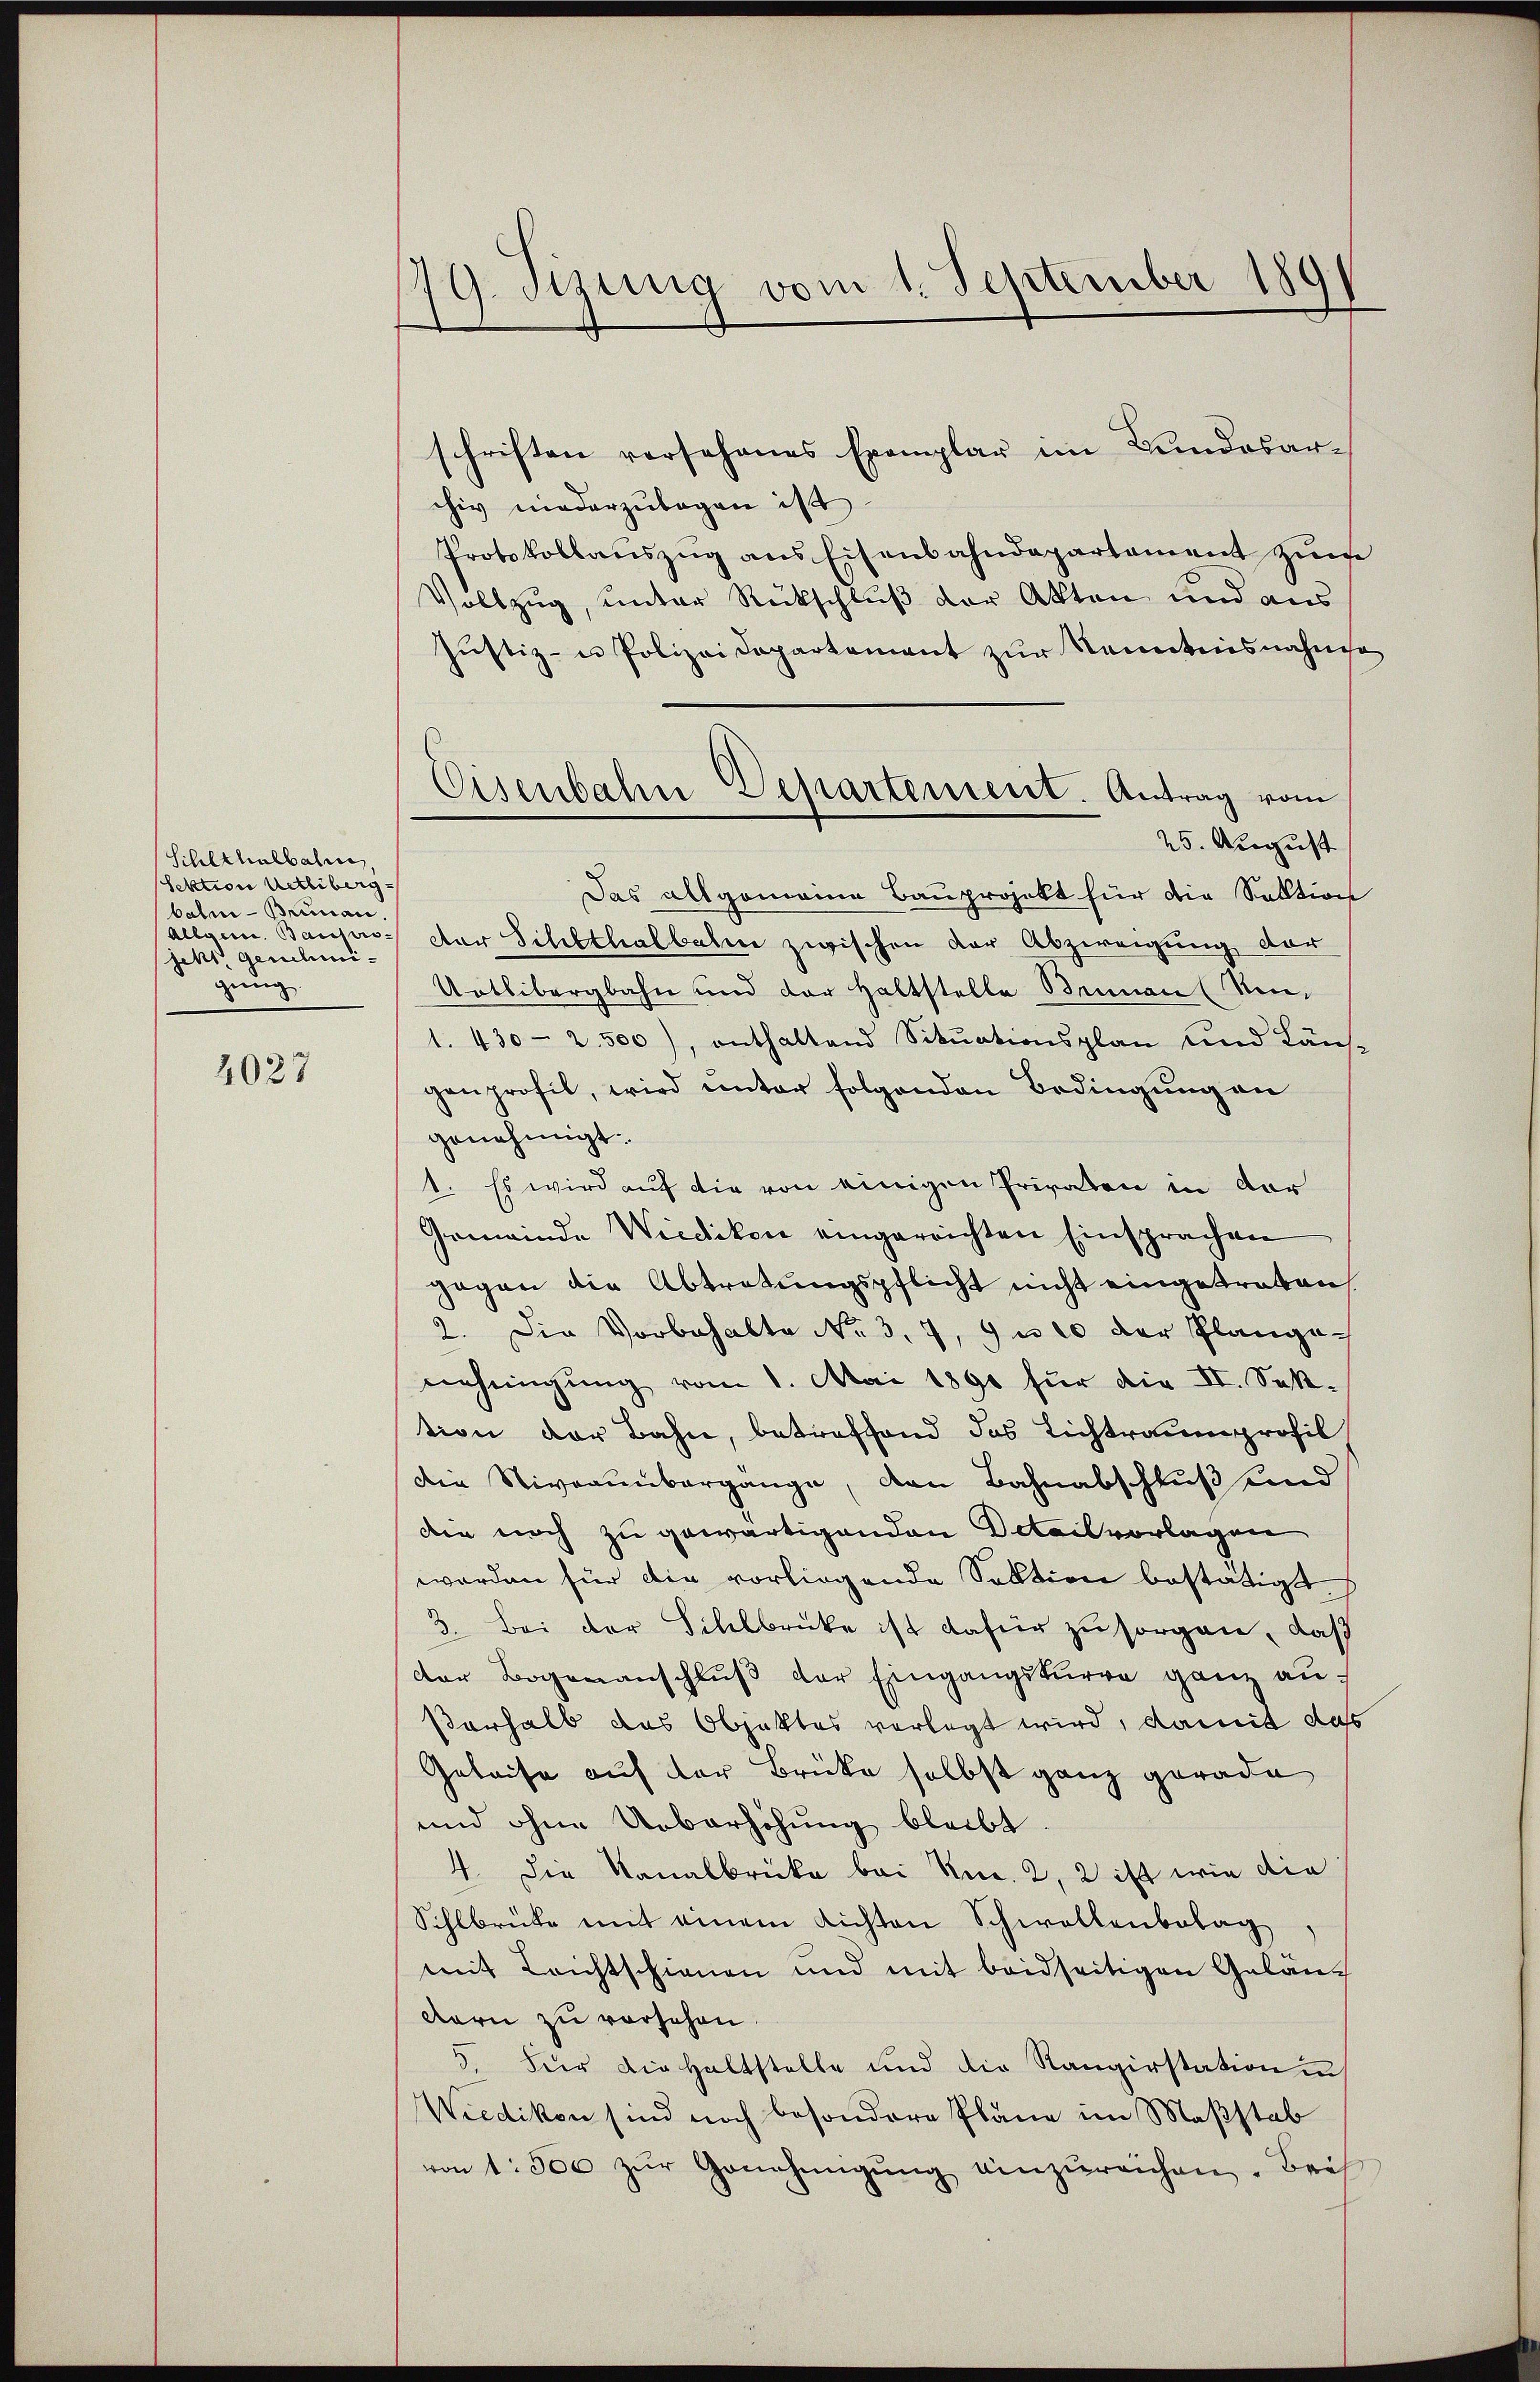
(Schlthalbahne,
Sektion Uetliberg-
balm - Brunau,
Allgem. Bausirs-
jeht, genehmigung

2027

79. Sizung vom 1. September 1891

Eisenbahn Departement. Antrag vom
25. August

schriften vorsehenes Exemplar im Bundesarchiv niederzulegen ist
Protokollauszug aus Eisenbahndepartament zume
Vollzug, unter Rückschluß der Akten und aus
Justiz- u Polizeidepartement zŭr Kenntnisnahmsa
Das allgemeine Bauprojekt für die Sektion
der Schlthalbahne zwischen der Abzweigung dar
Uetlibergbahn und der Haltstelle Beinau (Sen¬
1. 430 - 2. 500), enthaltend Sitŭationsplan und Län-
genprofil, wird unter folgenden Bedingung an
genehmigt.
1. Es wird auf die von einigen Privaten in der
Gemeinde Wiedikon eingereichten Einsprachen
gegen die Abtretungspflicht nicht eingetreten
2. Die Vorbehalte No. 3. 7, 9 n 20 der Plangenehmigung vom 1. Mai 1891 für die II. Sektion der Bahn, betreffend das Lichtraumprofil
die Niveaumbergange, den Bahnabschluß und
die noch zu gewärtigenden Detailvorlagen
worden für die vorliegende Sektion bestätigt.
3. Bei der Sihlbrücke ist dafür zu sorgen, daß
der Bogenanschlŭβ der Eingangskurre ganz auf
Verhalb das Objektes verlegt wird, damit das
Geleise auf der Brücke selbst ganz gerade
und ohne Ueberhöhung bleibt.
4. Die Kanalbrücke bei Knc. 2, 2 ist wie die
Sihlbrücke mit einem Lichten Schwellenbelag
mit Leichtschienen und mit beidseitigen Geläng
dern zu versehen.
3. Für die Haltstelle und die Rangirstation in
Wiedikon sind noch besondere Pläne im Maßstab
von 1. 500 zŭr Genehmigŭng einzŭreichen. Bei